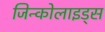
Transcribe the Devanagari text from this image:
जिन्कोलाइड्स